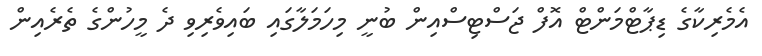
އެމެރިކާގެ ޑިޕާޓްމަންޓް އޮފް ޖަސްޓިސްއިން ބުނީ މިހަމަލާގައި ބައިވެރިވި ދެ މީހުންގެ ތެރެއިން